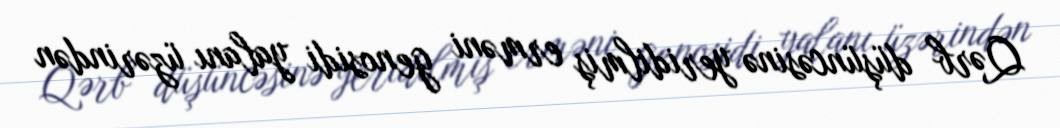
Qərb düşüncəsinə yeridilmiş erməni genosidi yalanı üzərindən